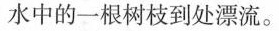
水中的一根树枝到处漂流。